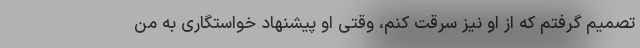
تصمیم گرفتم که از او نیز سرقت کنم، وقتی او پیشنهاد خواستگاری به من